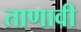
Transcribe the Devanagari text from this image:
ताणावी